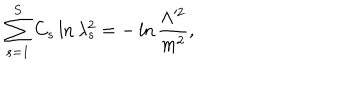
\sum _ { s = 1 } ^ { S } C _ { s } \ln \lambda _ { s } ^ { 2 } = - \ln \frac { \Lambda ^ { \prime 2 } } { m ^ { 2 } } ,